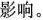
影响。